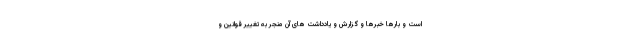
است و بارها خبرها و گزارش و یادداشت های آن منجر به تغییر قوانین و